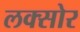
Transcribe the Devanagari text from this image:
लक्सोर